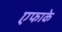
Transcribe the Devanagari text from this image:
एफाके